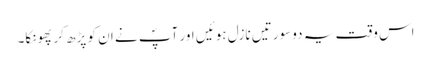
اس وقت یہ دو سورتیں نازل ہوئیں اور آپؐ نے ان کو پڑھ کر پھونکا۔